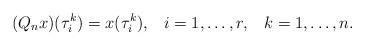
LaTeX: \begin{align*} (Q_n x) (\tau_i^k) = x (\tau_i^k), \;\;\; i = 1, \ldots, r, \;\;\; k = 1, \ldots, n. \end{align*}